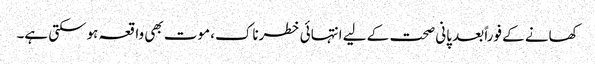
کھانے کے فوراً بعد پانی صحت کے لیے انتہائی خطرناک، موت بھی واقعہ ہوسکتی ہے۔